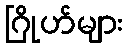
ဂြိုဟ်များ